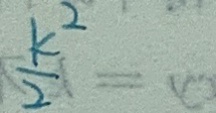
\frac { k ^ { 2 } } { 2 }